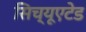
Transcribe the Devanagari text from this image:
सिच्यूएटेड